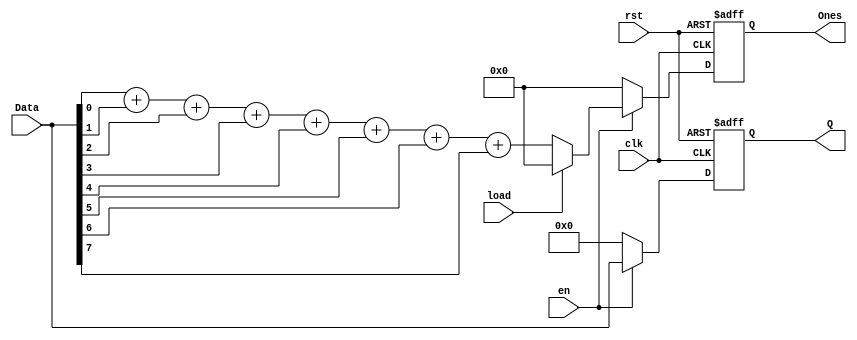
module PLShift_reg(Data,en,rst,clk,load,Ones,Q);
  input [7:0] Data;
  input en,rst,clk,load;
  output reg[3:0] Ones;
  output reg[7:0] Q;

  //internal signal
   integer i;
   wire[3:0] Ones_temp; //for temporary storage of count of ones

   assign Ones_temp =Data[0]+Data[1]+Data[2]+Data[3]+Data[4]+Data[5]+Data[6]+Data[7];

   always @(posedge clk or posedge rst)
     begin
       if(rst) //if reset
         begin
           Q = 0;
           Ones = 0;
         end
       else if (!en) //if not enabled
         begin
           Q = 0;
           Ones = 0;
         end
       else if (load) //if load
         begin
           Q = Data;
           Ones = 0;
         end
       else if (!load)//if not load then count
         begin
           Q = Data;
           Ones = Ones_temp;
         end
     end
endmodule